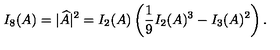
I _ { 8 } ( A ) = | \widehat { A } | ^ { 2 } = I _ { 2 } ( A ) \left( \frac { 1 } { 9 } I _ { 2 } ( A ) ^ { 3 } - I _ { 3 } ( A ) ^ { 2 } \right) .